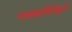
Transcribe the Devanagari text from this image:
पत्रकारितेद्वारे